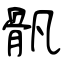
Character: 骪